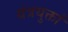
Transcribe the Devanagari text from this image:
यंत्रयुक्तां